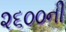
૨૬૦૦ની